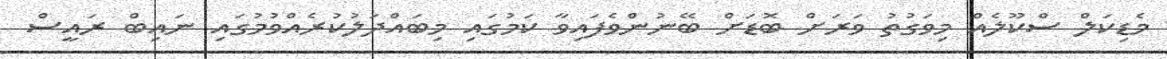
މެޑިކަލް ސްކޫލެއް މިވަގުތު ވަރަށް ބޮޑަށް ބޭނުންވެފައިވާ ކަމުގައި މިބައްދަލުކުރެއްވުމުގައި ނައިބް ރައީސް